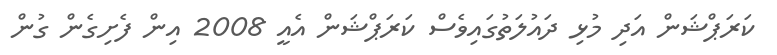
ކަރަޕްޝަން އަދި މުޅި ދައުލަތުގައިވެސް ކަރަޕްޝަން އެއީ 2008 އިން ފެށިގެން ގުން